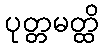
ပုတ္တမတ္ထိ